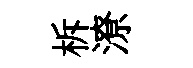
柝潦